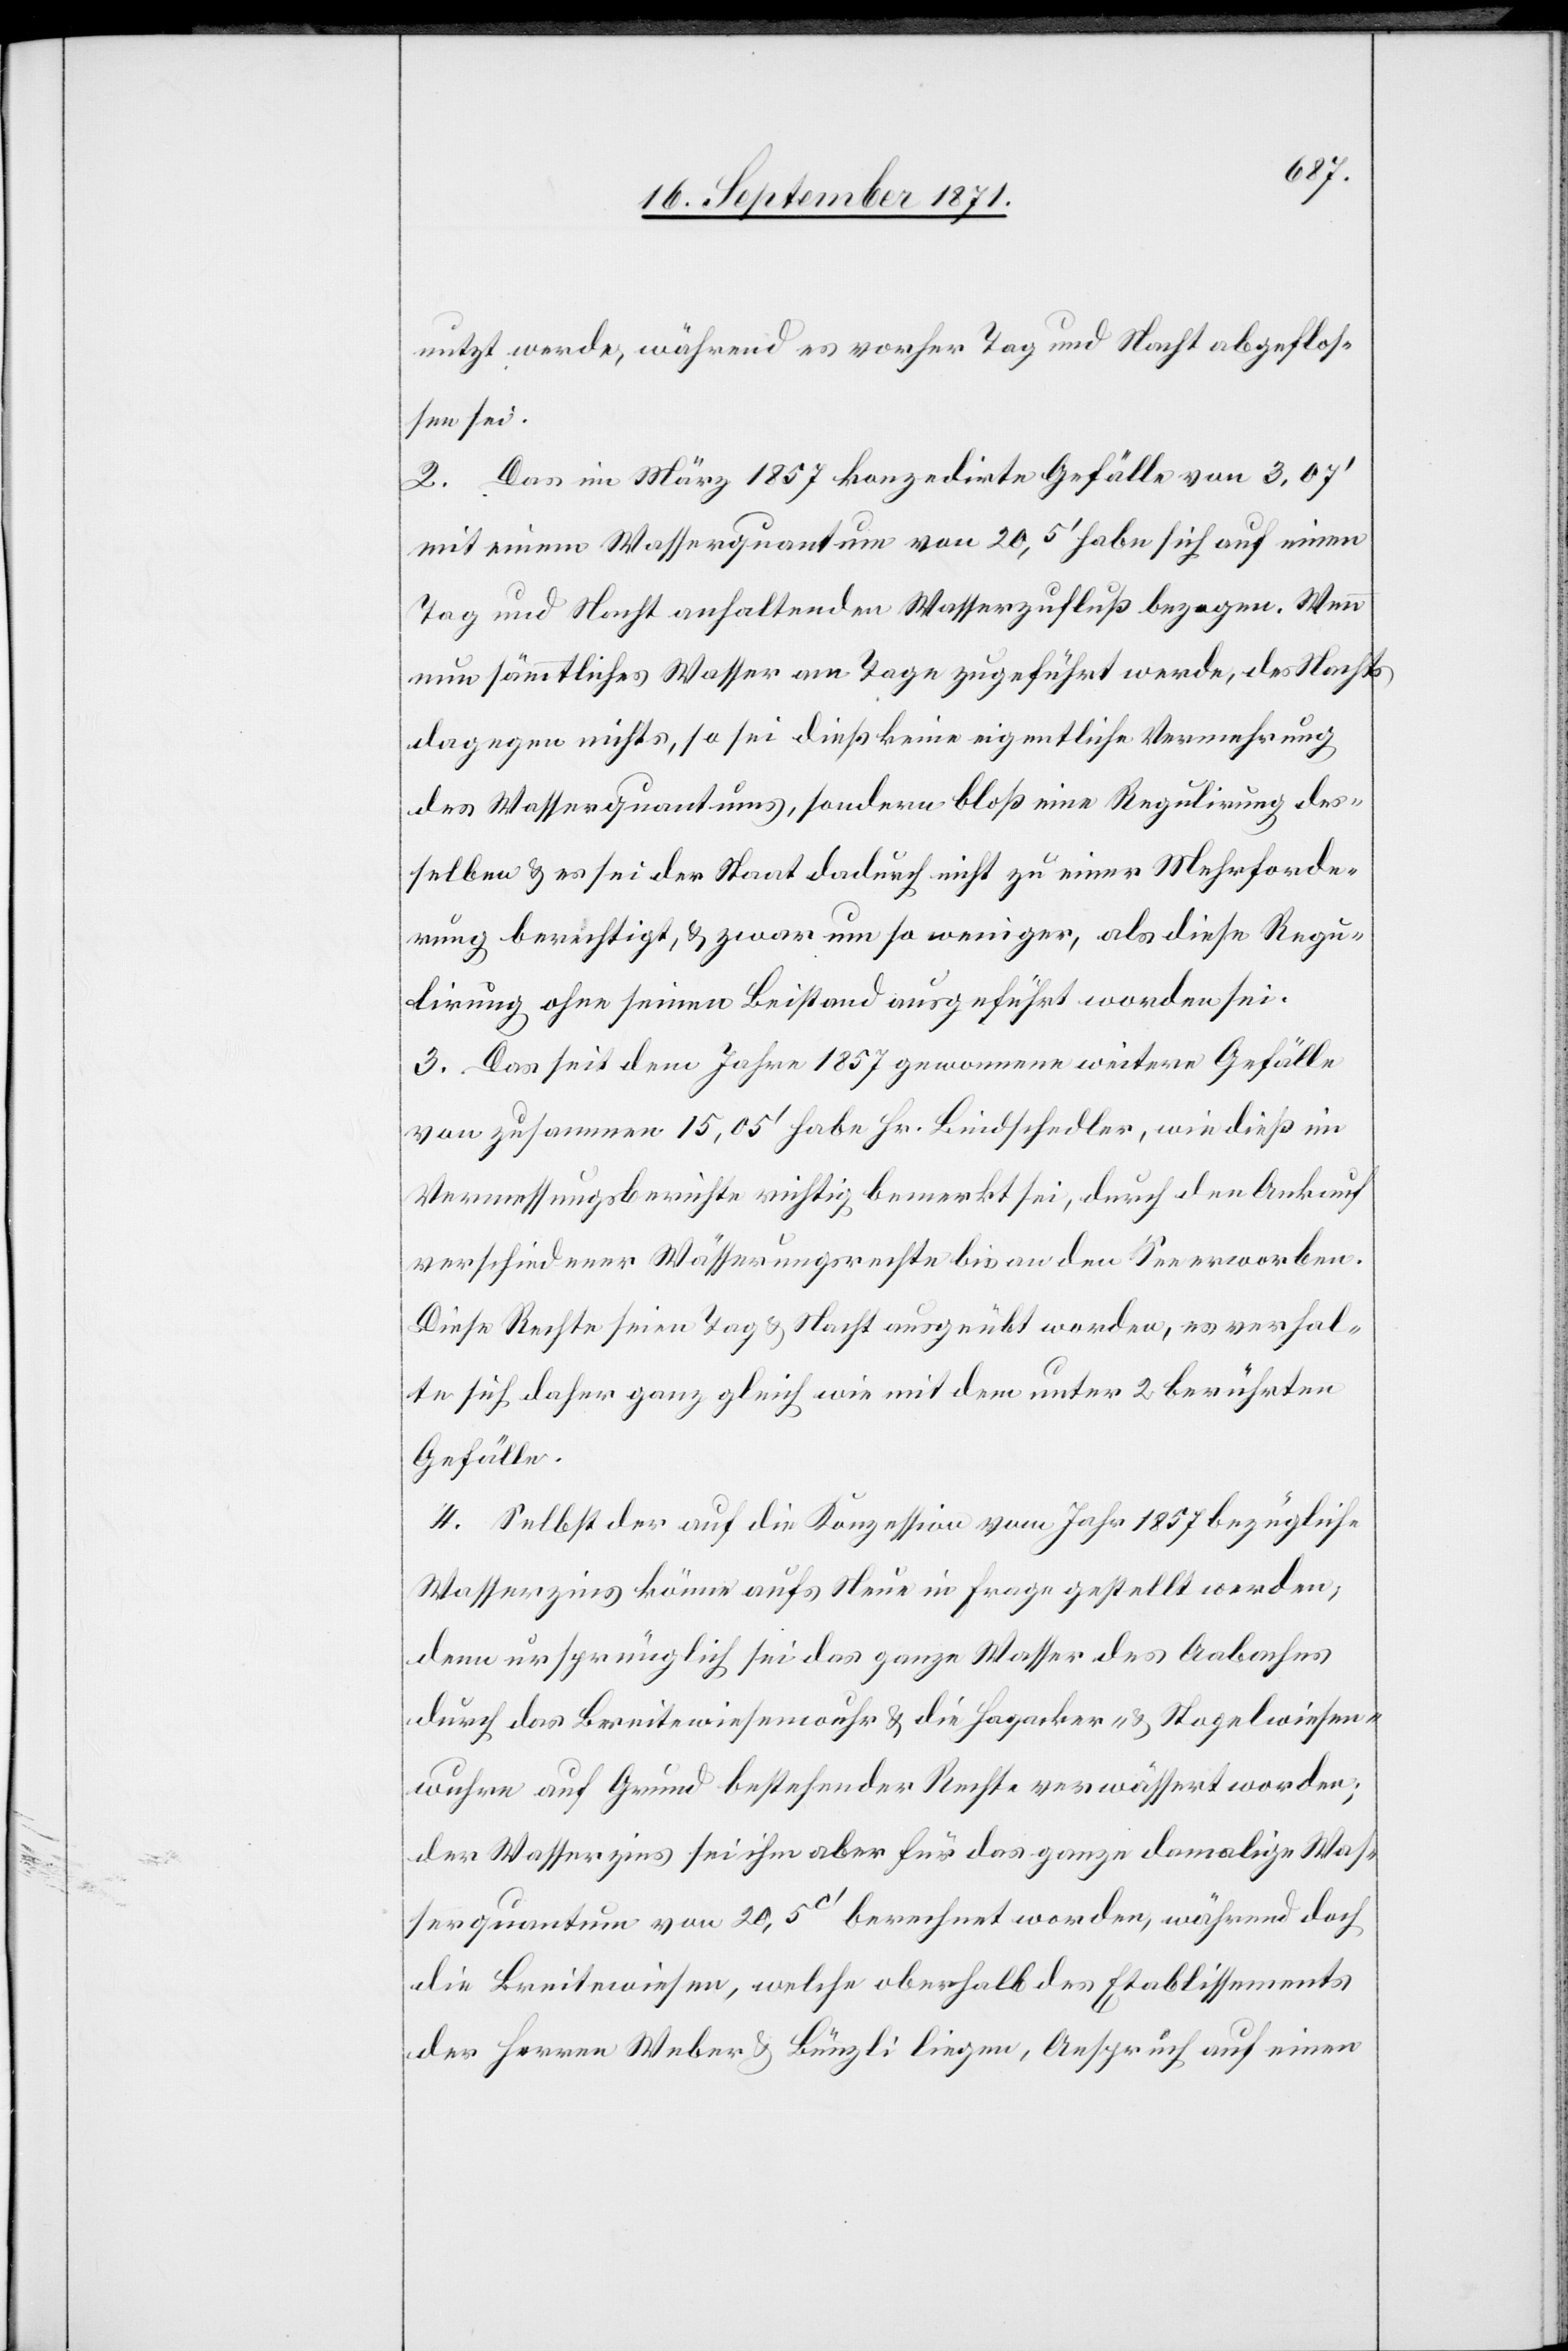
nutzt werde, während es vorher Tag und Nacht abgeflos¬
sen sei.
2. Das im März 1857 konzedirte Gefälle von 3,07’
mit seinem Wasserquantum von 20,5’ habe sich auf einen
Tag und Nacht anhaltenden Wasserzufluß bezogen. Wenn
nun sämmtliches Wasser am Tage zugeführt werde, des Nachts
dagegen nichts, so sei dieß keine eigentliche Vermehrung
des Wasserquantums, sondern bloß eine Regulirung des¬
selben & es sei der Staat dadurch nicht zu einer Mehrforde¬
rung berechtigt, & zwar um so weniger, als diese Regu¬
lirung ohne seinen Beistand ausgeführt worden sei.
3. Das seit dem Jahre 1857 gewonnene weitere Gefälle
von zusammen 15,05’ habe Hr. Bindschedler, wie dieß im
Vermessungsberichte richtig bemerkt sei, durch den Ankauf
verschiedener Wässerungsrechte bis an den See erworben.
Diese Rechte seien Tag & Nacht ausgeübt worden, es verhal¬
te sich daher ganz gleich wie mit dem unter 2 berührten
Gefälle.
4. Selbst der auf die Konzession vom Jahr 1857 bezügliche
Wasserzins könne aufs Neue in Frage gestellt werden,
denn ursprünglich sei das ganze Wasser des Aabaches
durch das Breitewiesenmohr & die Hagacker & Nagelwiesen¬
wuhre auf Grund bestehender Rechte verwässert worden;
der Wasserzins sei ihm aber für das ganze damalige Was¬
serquantum von 20,5c’ berechnet worden, während doch
die Breitewiesen, welche oberhalb des Etablissements
der Herren Weber & Bünzli liege, Anspruch auf einen